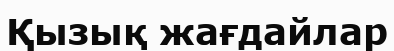
Қызық жағдайлар